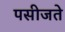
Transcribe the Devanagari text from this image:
पसीजते